Annual report on the working of the lock hospitals in the Central Provinces
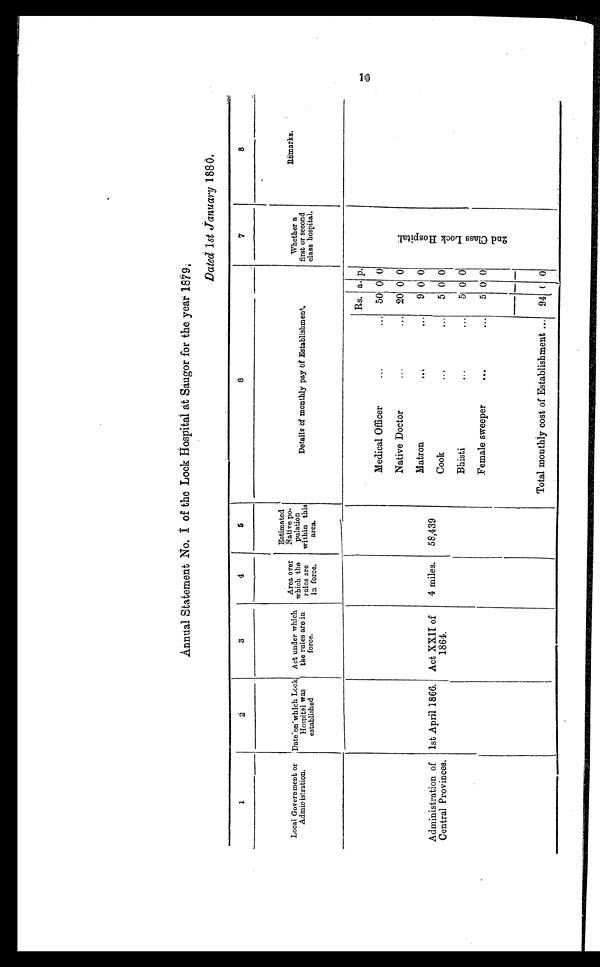
Annual Statement No. I of the Lock Hospital at Saugor for the year 1879
Dated 1st January 1880.
1
3
4
5
6
7
Local Government or
Administration.
Date on'which Lock
Hospital was
established
Act under which
the rules are in
force.
Area over
which the
rules are
in force.
Estimated
ative po
pulation
within this
area.
Details of monthly pay of Establishment.
Whether a
first or second
class hospital.
ranarks
(Rs. a. p.
Medical Officer
... . . . 50 0 0
...
Native
Doctor... 20 0 0
Matron
...
...
9 00
Administration of
Central Provinces,
1st April 1866. Act XXII of
1864.
4 miles.
58,439
Cook
...
...
5 0 0
Bhisti
...
...
5' 0 0
2 e n d c l a s s c l o c k h o s p i t a l
Female sweeper
...
...
5 0' 0
Total monthly cost of Establishment ...
94 ( 0